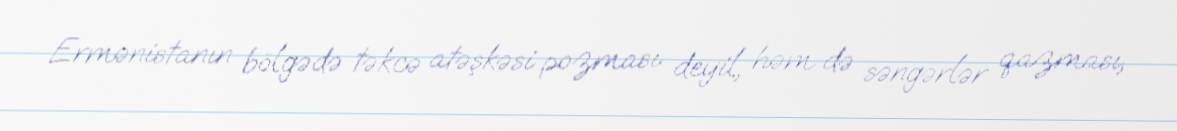
Ermənistanın bölgədə təkcə atəşkəsi pozması deyil, həm də səngərlər qazması,